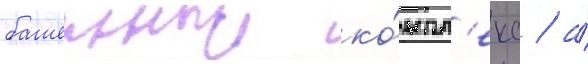
башенныи ко́мпл'екс / а́